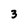
Character: 3